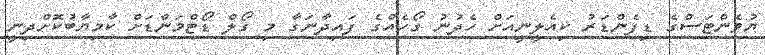
ޔުވެންޓަސްގެ ޑިފެންޑަރު ކިއެލީނީއަށް ހެދުނު ގޯހެއްގެ ފައިދާނަގާ މި ގޯލް ޑޯޓްމަންޑަށް ކާމިޔާބުކޮށްދިނީ